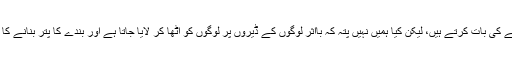
ہم پولیس کو بدلنے کی بات کرتے ہیں، لیکن کیا ہمیں نہیں پتہ کہ بااثر لوگوں کے ڈیروں پر لوگوں کو اٹھا کر لایا جاتا ہے اور بندے کا پتر بنانے کا کام کیا جاتا ہے۔